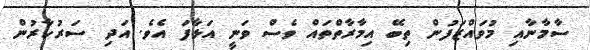
ސާމާނާއި މުވައްޒަފުން ތިބޭ އިމާރާތްތައް ވެސް ވަނީ އަޅާފަ އެވެ. އަދި ސަރުކާރުން